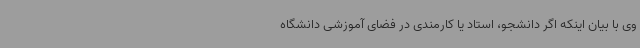
وی با بیان اینکه اگر دانشجو، استاد یا کارمندی در فضای آموزشی دانشگاه